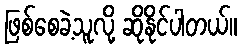
ဖြစ်စေခဲ့သူလို့ ဆိုနိုင်ပါတယ်။